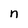
Character: n